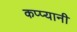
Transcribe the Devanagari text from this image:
कप्प्यानी